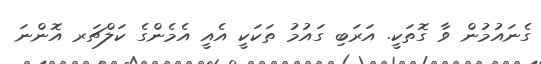
ގެނައުމުން ވާ ގޮތަކީ. އަރަބި ގައުމު ތަކަކީ އެއީ އެމެންގެ ކަލްޗަރ އޮންނަ